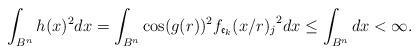
LaTeX: \begin{align*}\int_{B^n}h(x)^2dx=\int_{B^n}\cos(g(r))^2{f_{\frak{e}_k}(x/r)_j}^2dx\leq \int_{B^n}dx<\infty.\end{align*}